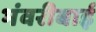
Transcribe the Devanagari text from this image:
भंवरीबाई